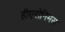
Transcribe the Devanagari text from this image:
हीएरोनिमस